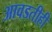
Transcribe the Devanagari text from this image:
आवडतीही